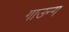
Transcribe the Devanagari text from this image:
गाउन्ग